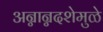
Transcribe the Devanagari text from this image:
अन्नान्नदशेमुळे